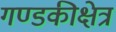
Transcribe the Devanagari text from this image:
गण्डकीक्षेत्र